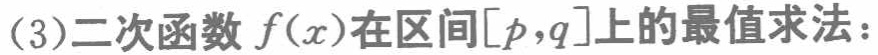
(3)二次函数 \(f(x)\)在区间\([p,q]\)上的最值求法：